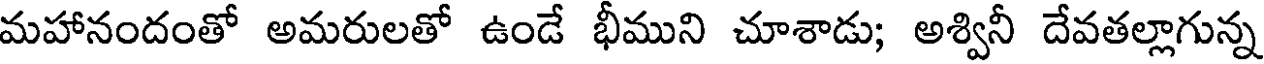
మహానందంతో అమరులతో ఉండే భీముని చూశాడు; అశ్వినీ దేవతల్లాగున్న